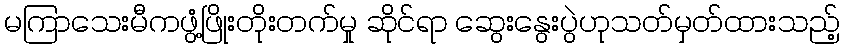
မကြာသေးမီကဖွံ့ဖြိုးတိုးတက်မှု ဆိုင်ရာ ဆွေးနွေးပွဲဟုသတ်မှတ်ထားသည့်